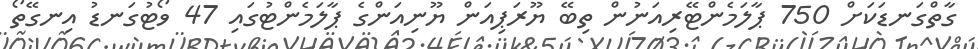
ގާތްގަނޑަކަށް 750 ޕާލަމެންޓޭރިއަނުން ތިބޭ ޔޫރަޕިއަން ޔޫނިއަންގެ ޕާލަމެންޓުގައި 47 ވޯޓުގަނޑު އިނގޭތޯ